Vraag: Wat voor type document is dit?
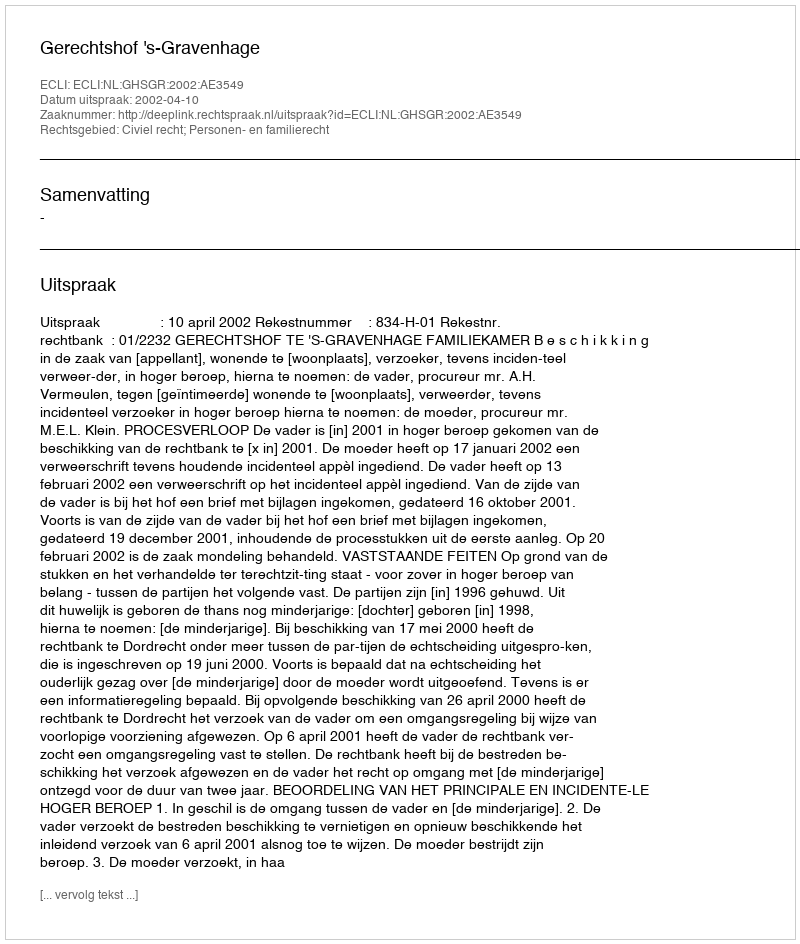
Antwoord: Uitspraak